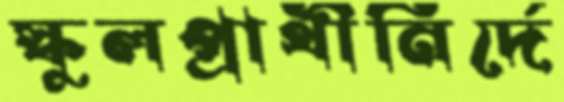
স্কুলপ্রার্থীনির্দে